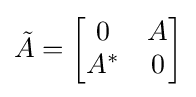
{\textstyle {\tilde {A}}={\begin{bmatrix}0&A\\A^{*}&0\end{bmatrix}}}